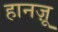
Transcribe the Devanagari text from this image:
हानज़ू